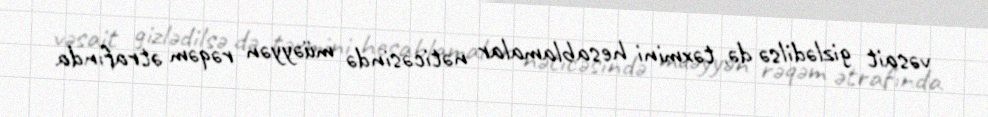
vəsait gizlədilsə də, təxmini hesablamalar nəticəsində müəyyən rəqəm ətrafında